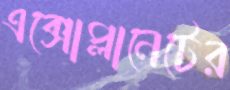
এক্সোপ্লানেটের